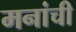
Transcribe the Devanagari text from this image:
मनांची